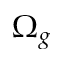
\Omega _ { g }